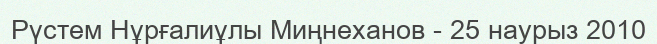
Рүстем Нұрғалиұлы Миңнеханов - 25 наурыз 2010